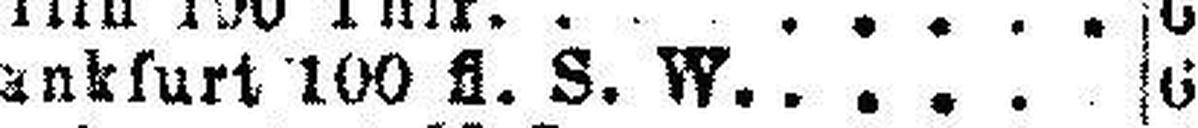
Fankfurt 100 fl. S. W. 6